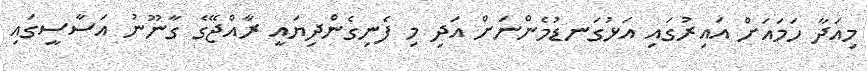
މިއަދާ ހަމައަށް އައިރުގައި އަޅުގަނޑުމެންނަށް އަދި މި ފެނިގެންދިޔައީ ރާއްޖޭގެ ގާނޫނު އަސާސީގައި